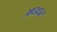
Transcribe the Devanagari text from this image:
अधधर